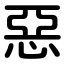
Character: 惡